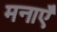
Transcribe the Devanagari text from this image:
मनाएँ